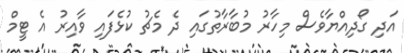
އަދި ގޯދިއްޔާވެސް މިހާރު މުބާރާތުގައި ދެ މެޗު ކުޅެފައި ވާއިރު އެ ޓީމް